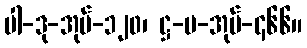
ပါ-ဒု-အုပ်-၁၂၀၊ ဋ္ဌ-မ-အုပ်-၄၆၆။